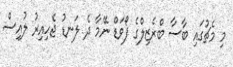
މި މެޗުގައި ބާސާ ބްރެޒިލްގެ ފޯވަޑް ނޭމާ ދެ ލަނޑު ޖެހިއިރު ލުއިސް